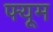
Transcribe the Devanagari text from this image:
फ्यूम